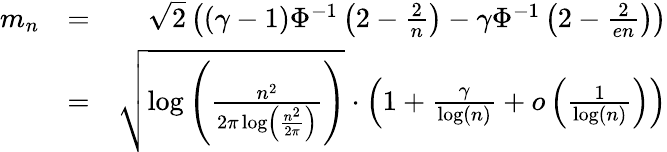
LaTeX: \begin{array}{rlr}{m_{n}}&{=}&{\sqrt{2}\left((\gamma-1)\Phi^{-1}\left(2-\frac{2}{n}\right)-\gamma\Phi^{-1}\left(2-\frac{2}{en}\right)\right)}\\ &{=}&{\sqrt{\log\left(\frac{n^{2}}{2\pi\log\left(\frac{n^{2}}{2\pi}\right)}\right)}\cdot\left(1+\frac{\gamma}{\log(n)}+\mathcal{o}\left(\frac{1}{\log(n)}\right)\right)}\end{array}